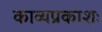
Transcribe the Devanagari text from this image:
काव्यप्रकाशः